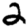
Digit: 2